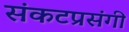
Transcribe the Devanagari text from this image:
संकटप्रसंगी